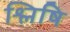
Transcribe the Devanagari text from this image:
श्लिषि